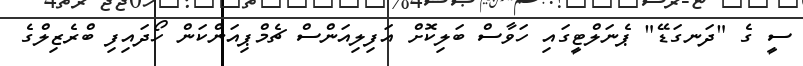
ސީ ގެ "ދަނގަޑޭ" ޕެނަލްޓީގައި ހަވާސް ބަލިކޮށް އަފިލިއަންސް ޗެމްޕިއަންކަން ހޯދައިފި ބްރެޒިލްގެ